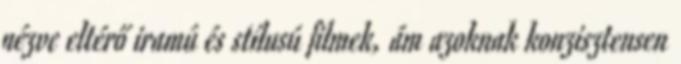
nézve eltérő iramú és stílusú filmek, ám azoknak konzisztensen